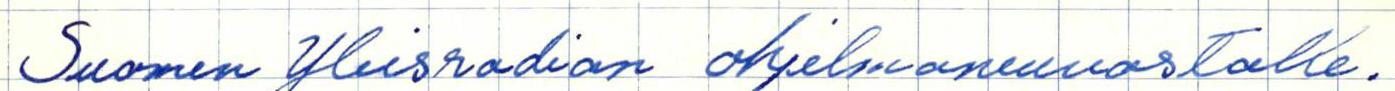
Suomen Yleisradion ohjelmaneuvostolle.